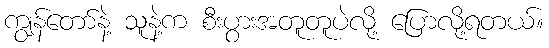
ကျွန်တော်နဲ့ သူနဲ့က စီးပွားအတူတူပဲလို့ ပြောလို့ရတယ်။